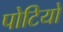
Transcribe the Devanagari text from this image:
पोटियों